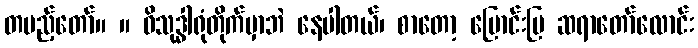
တပည့်တော်။ ။ ဝိသုဒ္ဓါရုံတိုက်မှာဘဲ နေပါတယ်၊ စာတော့ မြောင်းမြ ဆရာတော်လောင်း